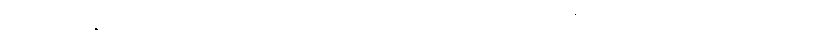
စောင်းတန်းအတိုင်း လေးဘာသာ လမ်းရှိသည် အထွေထွေဒေတာ အထိအခိုက်မရှိခဲ့လျှင်